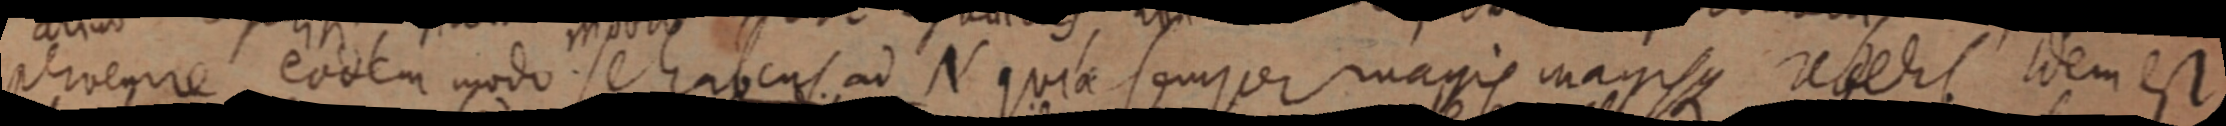
pernevire eodem modo se habens ad N quia semper magis magis redere idem est